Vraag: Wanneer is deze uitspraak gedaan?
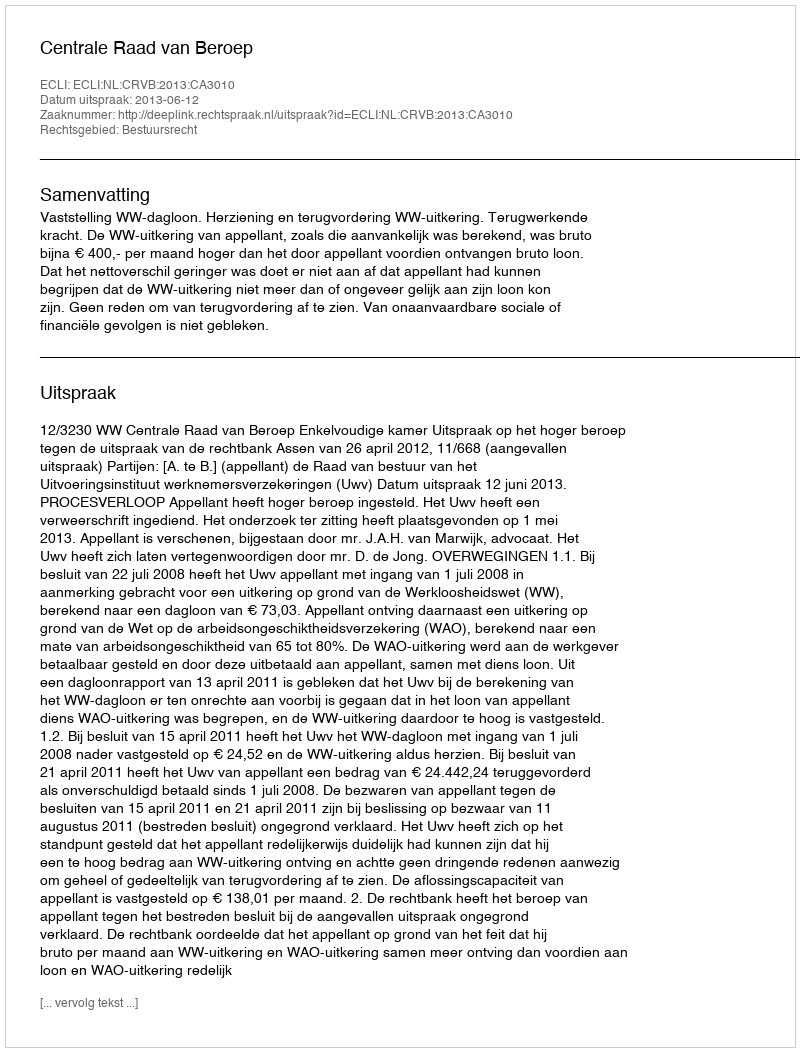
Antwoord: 2013-06-12